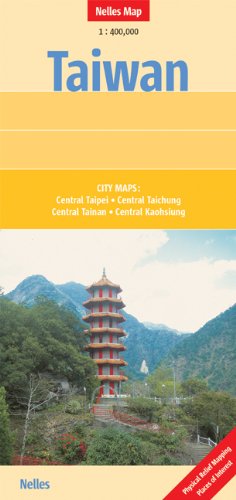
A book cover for Taiwan Nelles map; Nelles Verlag; Travel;